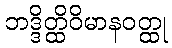
ဘဒ္ဒိတ္ထိဝိမာနဝတ္ထု